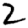
Digit: 2